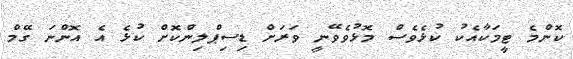
ކޮންމެ ޓީމަކާއެކު ކުޅެވެސް މޮޅުވެވޭނީ ވަރަށް ޑިސިޕްލިންކޮށް ކުޅެ އެ އޮންނަ ގޭމް